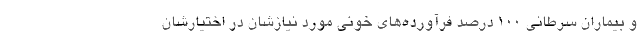
و بیماران سرطانی ۱۰۰ درصد فرآورده‌های خونی مورد نیازشان در اختیارشان